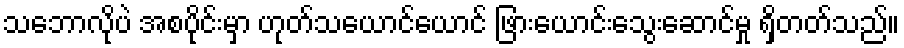
သဘောလိုပဲ အစပိုင်းမှာ ဟုတ်သယောင်ယောင် ဖြားယောင်းသွေးဆောင်မှု ရှိတတ်သည်။